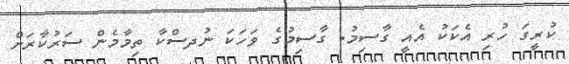
ކުރީގަ ހުރި އެކަކު އެއީ ގާސިމު. ގާސިމުގެ ވަހަކަ ނުދސްކާ ތިމާމެން ސަރުކާރަށް